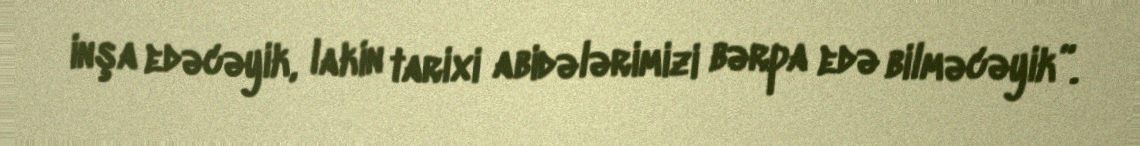
inşa edəcəyik, lakin tarixi abidələrimizi bərpa edə bilməcəyik”.